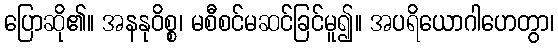
ပြောဆို၏။ အနနုဝိစ္စ၊ မစီစင်မဆင်ခြင်မူ၍။ အပရိယောဂါဟေတွာ၊